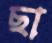
ছা